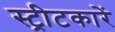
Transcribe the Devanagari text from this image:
स्ट्रीटकारें